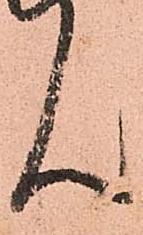
ん